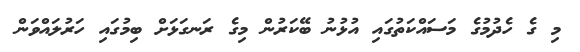
މި ގެ ހެދުމުގެ މަސައްކަތުގައި އުޅުނު ބޭކަރުން މިގެ ރަނގަޅަށް ބިމުގައި ހަރުލައްވަން